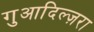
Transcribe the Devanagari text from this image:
गुआदिल्ज़रा